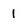
Character: 1